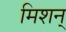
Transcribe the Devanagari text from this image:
मिशन्‌